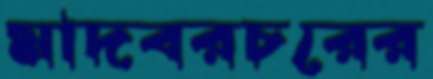
মাদবরচরের